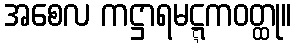
အစေလ ကဋ္ဌာရမဋ္ဋကဝတ္ထု။